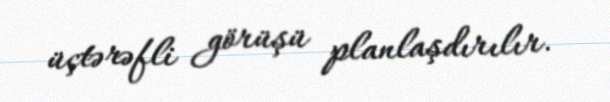
üçtərəfli görüşü planlaşdırılır.